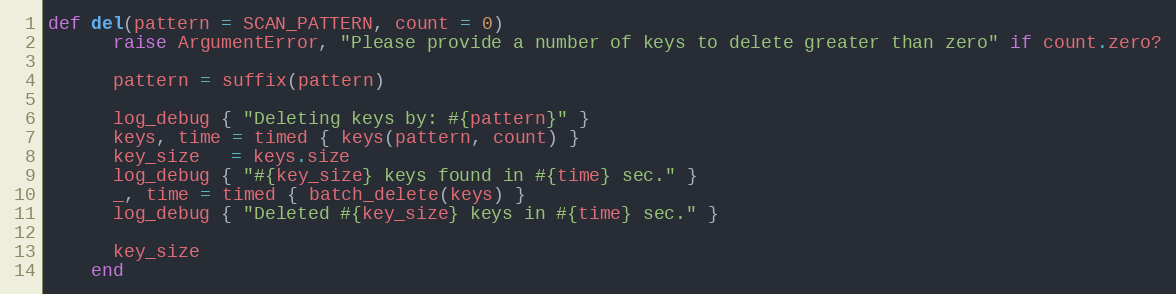
Language: Ruby
def del(pattern = SCAN_PATTERN, count = 0)
      raise ArgumentError, "Please provide a number of keys to delete greater than zero" if count.zero?

      pattern = suffix(pattern)

      log_debug { "Deleting keys by: #{pattern}" }
      keys, time = timed { keys(pattern, count) }
      key_size   = keys.size
      log_debug { "#{key_size} keys found in #{time} sec." }
      _, time = timed { batch_delete(keys) }
      log_debug { "Deleted #{key_size} keys in #{time} sec." }

      key_size
    end